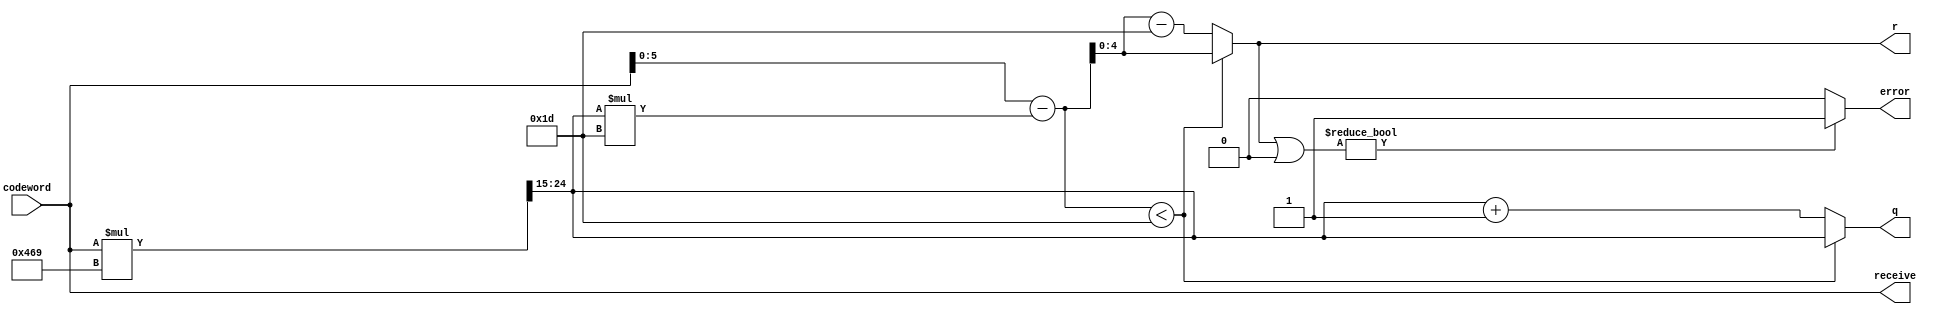
module barrett_n29(input [13:0] codeword,output [9:0]q,output [4:0]r,output error,output[13:0] receive);
    wire[24:0]q_temp;
    wire[5:0]r_temp;
    assign q_temp=codeword*11'd1129>>15;
    assign r_temp=codeword-q_temp*5'd29;
    assign q=r_temp<5'd29 ? q_temp:q_temp+1'b1;
    assign r=r_temp<5'd29 ? r_temp:r_temp-5'd29;
    assign error = r|5'b0 ? 1'b1:1'b0;
    assign receive = codeword;
endmodule